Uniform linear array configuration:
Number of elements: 64
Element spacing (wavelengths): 1
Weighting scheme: exponential
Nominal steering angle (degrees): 0
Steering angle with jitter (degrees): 1.441
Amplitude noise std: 0.05
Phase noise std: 0.05

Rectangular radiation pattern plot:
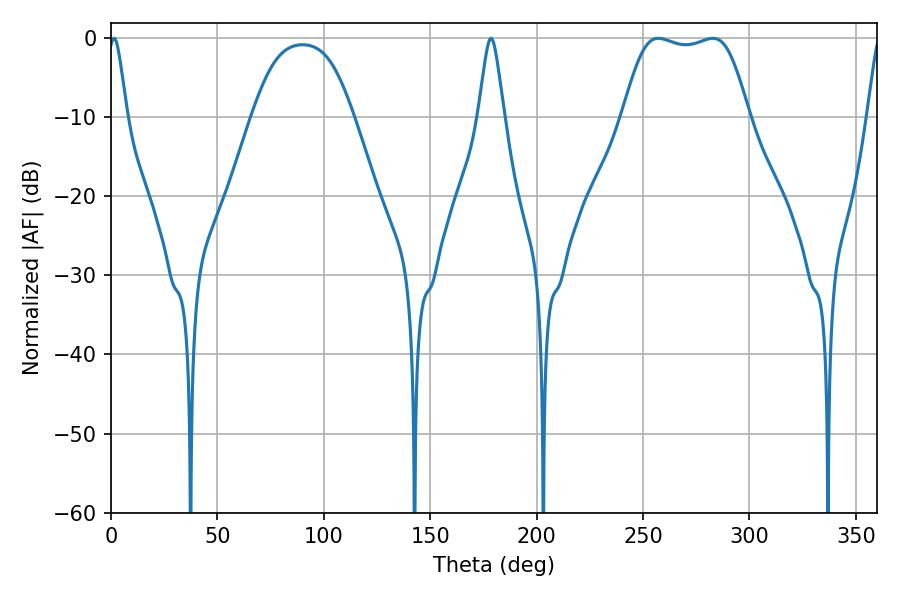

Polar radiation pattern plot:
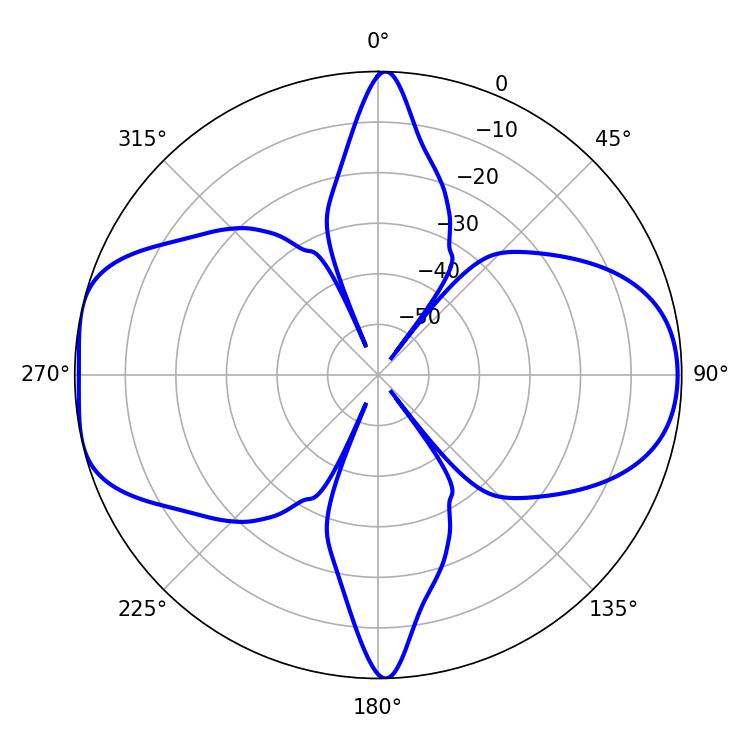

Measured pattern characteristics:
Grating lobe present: TRUE
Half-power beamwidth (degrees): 4.32
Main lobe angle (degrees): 1.44